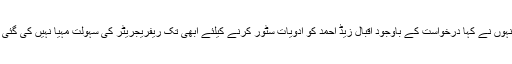
انہوں نے کہا درخواست کے باوجود اقبال زیڈ احمد کو ادویات سٹور کرنے کیلئے ابھی تک ریفریجریٹر کی سہولت مہیا نہیں کی گئی ۔